Jaan_Tonisson_(Lasteleht), lk 306
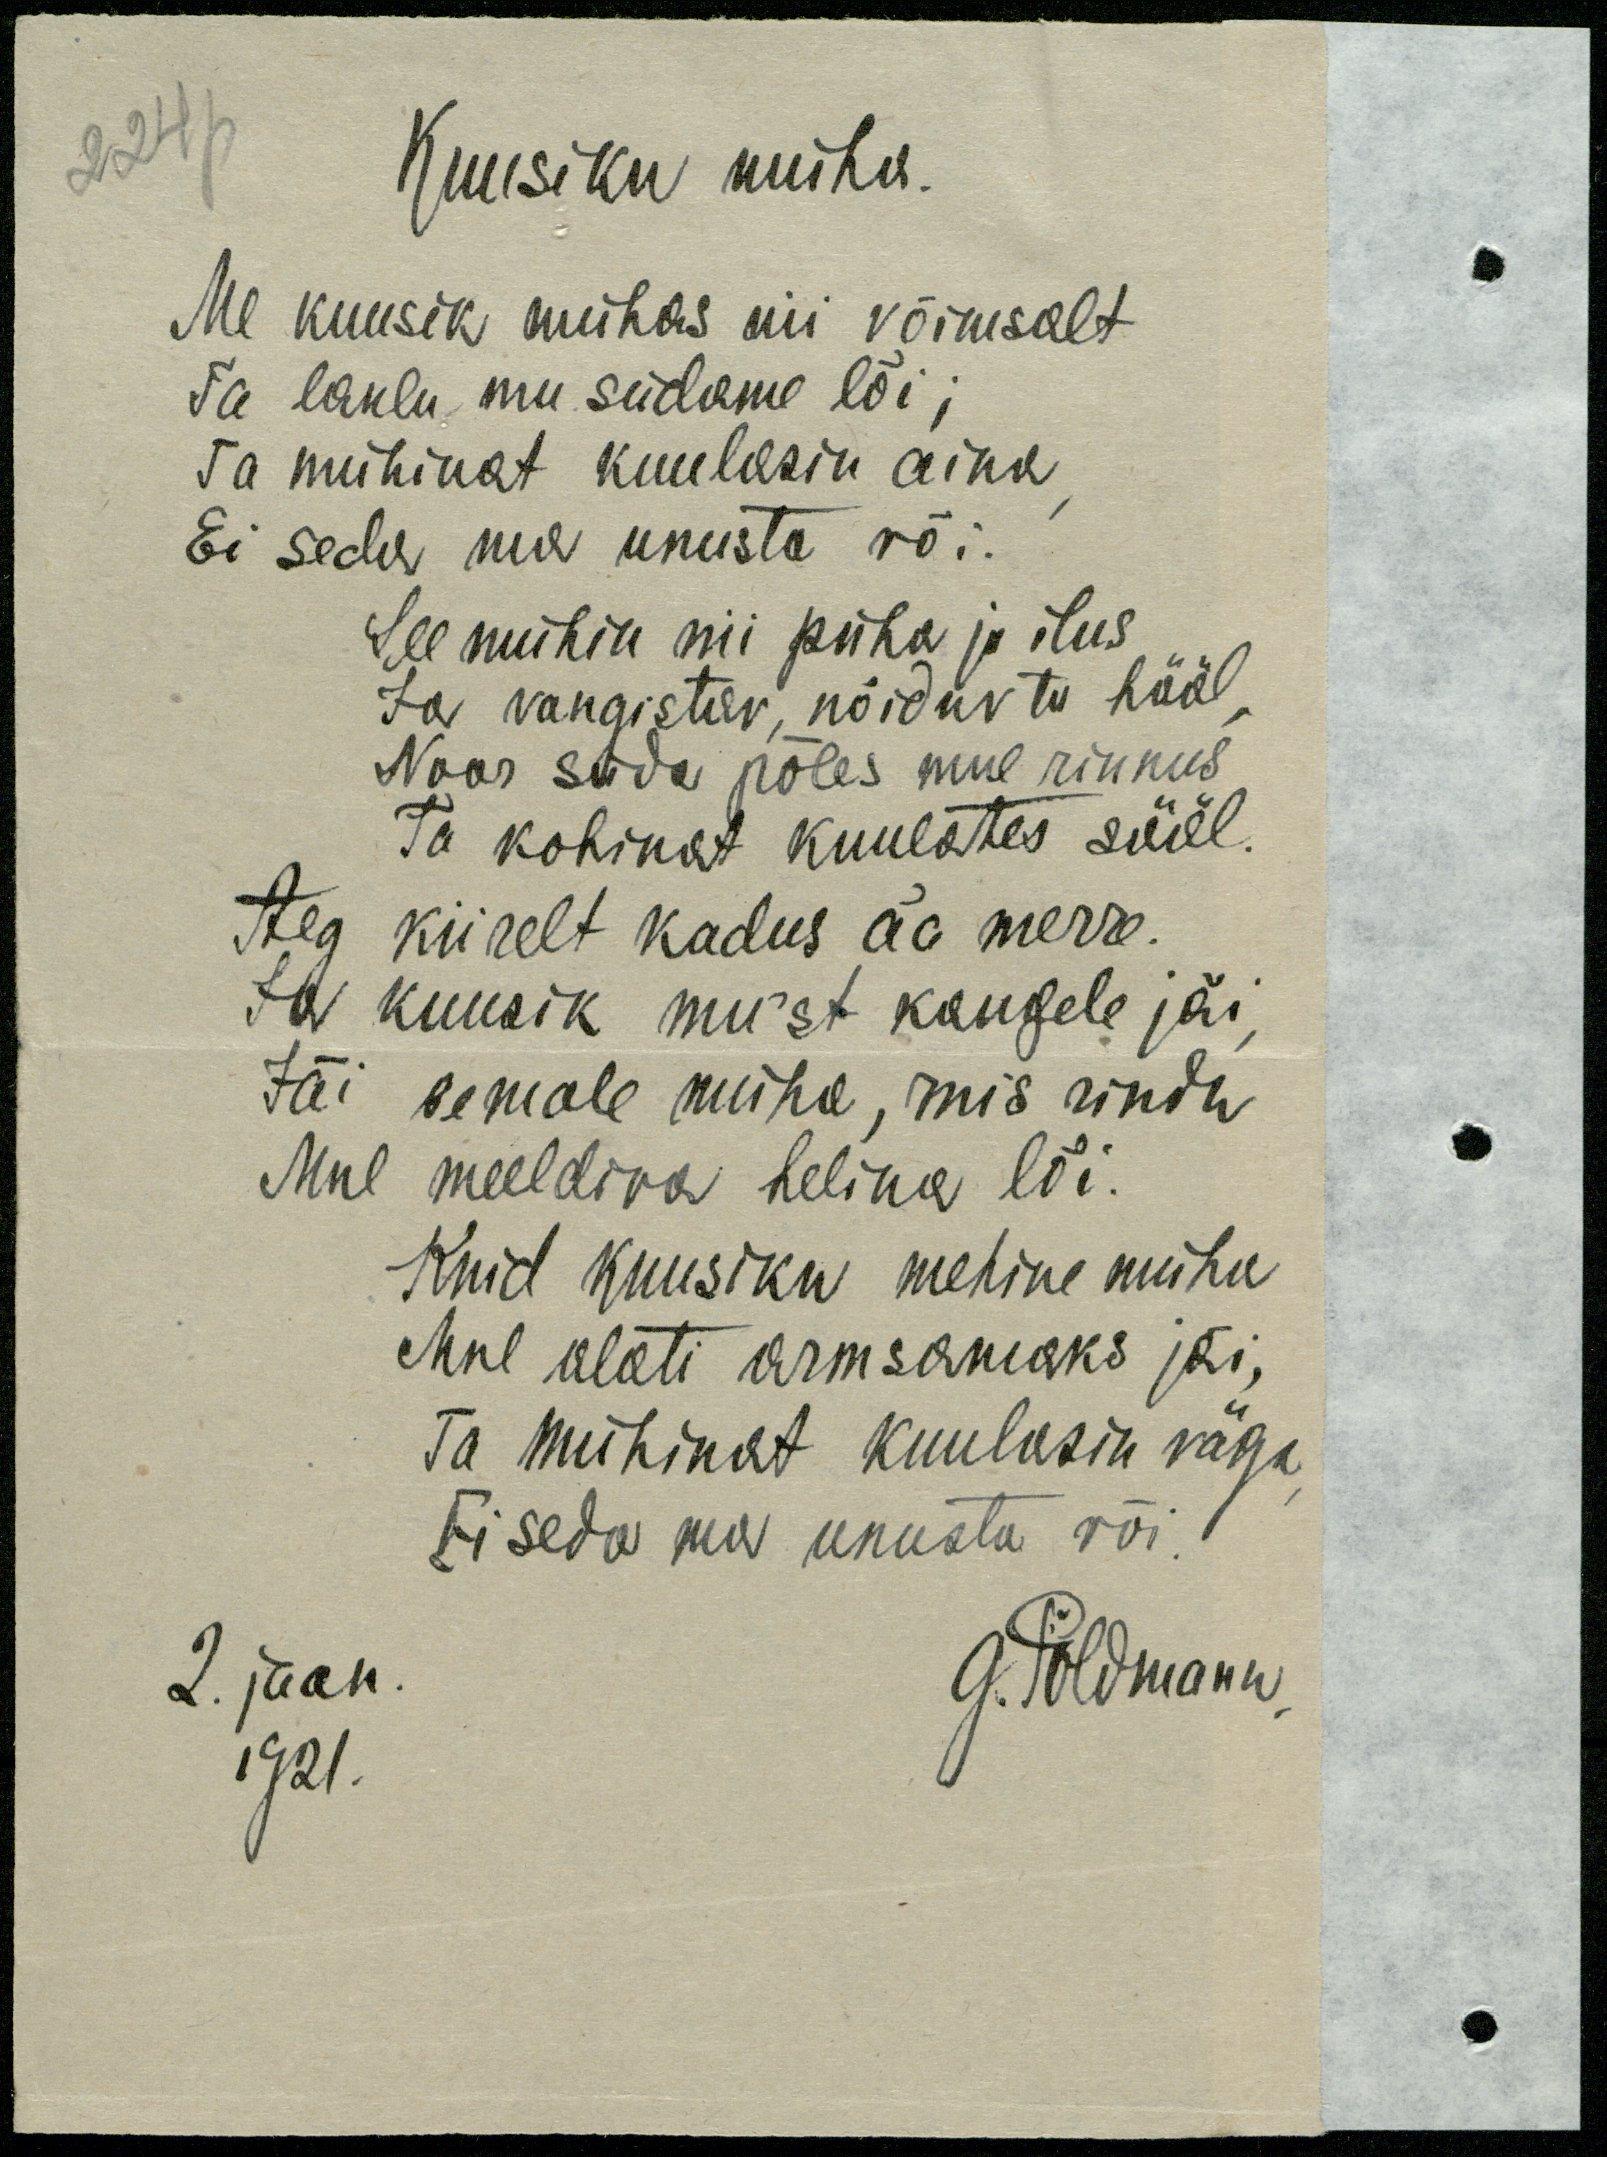
224p
Kuusiku müha.
Me kuusik mühas nii võimsalt
Ta laulu mu südame lõi;
Ta mühinat kuulasin aina
Ei seda ma unusta või.
See mühin nii püha ja ilus
Ja vangistav, nõiduv ta hääl.
Noor süda põles mul rinnus
Ta kohinat kuulates sääl.
Aeg kiirelt kadus ää merre.
Ja kuusik mu`st kaugele jäi,
Jäi eemale müha, mis rindu
Mul meeldiva helina lõi
Kuid kuusiku mehine müha
Mul alati armsamaks jäi,
Ta mühinat kuulasin väga,
Ei seda ma unusta või.
2. jaan.
G. Põldmann
1921.